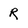
Character: R